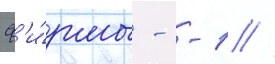
ф'и́рмы - -1 //